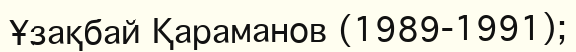
Ұзақбай Қараманов (1989-1991);